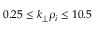
0 . 2 5 \le k _ { \perp } \rho _ { i } \le 1 0 . 5